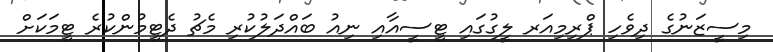
މިސީޒަނުގެ ދިވެހި ޕްރިމިއަރ ލީގުގައި ޓީސީއާއި ނިއު ބައްދަލުކުރި މެޗު ދެޓީމުންކުރެ ޓީމަކަށް